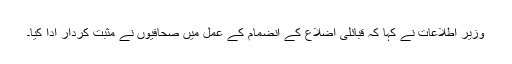
وزیر اطلاعات نے کہا کہ قبائلی اضلاع کے انضمام کے عمل میں صحافیوں نے مثبت کردار ادا کیا۔